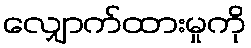
လျှောက်ထားမှုကို